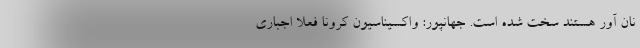
نان آور هستند سخت شده است. جهانپور: واکسیناسیون کرونا فعلا اجباری